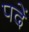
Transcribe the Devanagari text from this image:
पदें